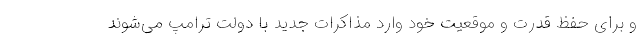
و برای حفظ قدرت و موقعیت خود وارد مذاکرات جدید با دولت ترامپ می‌شوند